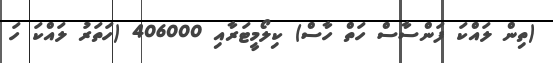
(ތިން ލައްކަ ފަންސާސް ހަތް ހާސް) ކިލޯމީޓަރާއި 406000 (ހަތަރު ލައްކަ ހަ